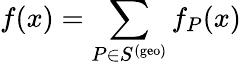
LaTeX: f(x)=\sum_{P\in S^{\mathrm{(geo)}}}f_{P}(x)